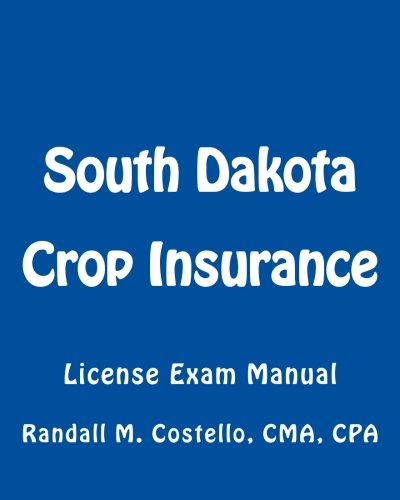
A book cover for South Dakota Crop Insurance: License Exam Manual; Randall M. Costello CPA; Business & Money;